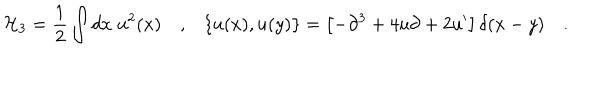
{ \cal H } _ { 3 } = \frac { 1 } { 2 } \int d x \; u ^ { 2 } ( x ) \quad , \{ u ( x ) , u ( y ) \} = \left[ - \partial ^ { 3 } + 4 u \partial + 2 u { } ^ { \prime } \right] \delta ( x - y ) \quad .